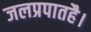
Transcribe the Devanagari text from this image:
जलप्रपातहै।